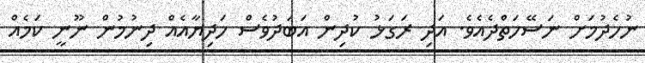
ނުހެދުމަށް ނަސޭހަތްދެއެވެ. އަދި ރަގަޅު ކުދިން އަބަދުވެސް ހަދިޔާއެއް ދިނުމުން ނޫނީ ކަމެއް